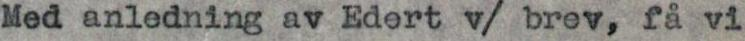
Med anledning av Edert v/ brev, få vi